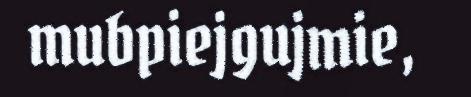
mubpiejgujmie,